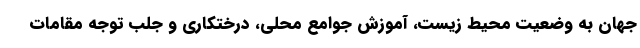
جهان به وضعیت محیط زیست، آموزش جوامع محلی، درختکاری و جلب توجه مقامات